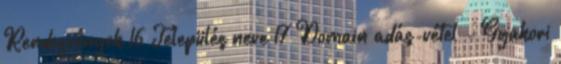
Rendezvények 16 Település neve 17 Domain adás-vétel - Gyakori